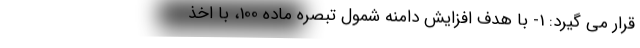
قرار می گیرد: 1- با هدف افزایش دامنه شمول تبصره ماده 100، با اخذ